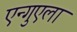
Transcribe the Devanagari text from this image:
एन्गुएला